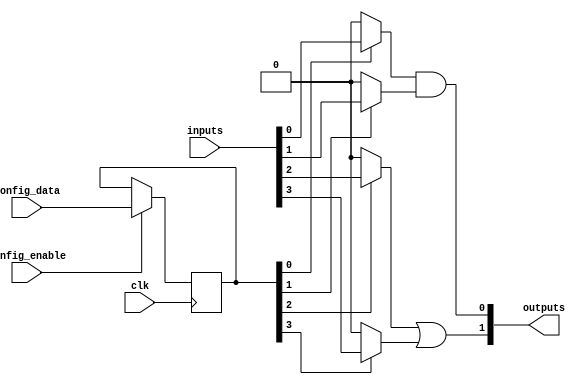
module combinational_logic_block (
    input wire clk,                  // Clock signal
    input wire [N-1:0] inputs,       // Input signals
    input wire [M-1:0] config_data,  // Configuration data for SRAM
    input wire config_enable,         // Enable signal for configuration
    output wire [P-1:0] outputs       // Output signals
);

parameter N = 4; // Number of inputs
parameter M = 8; // Number of configuration bits
parameter P = 2; // Number of outputs

// SRAM cell array to store configuration bits
reg [M-1:0] sram [0:15]; // Example: 16 configurations
reg [M-1:0] current_config;

// Input multiplexers
wire [N-1:0] selected_inputs;
genvar i;
generate
    for (i = 0; i < N; i = i + 1) begin : input_mux
        assign selected_inputs[i] = (current_config[i]) ? inputs[i] : 1'b0; // Simple mux logic
    end
endgenerate

// Logic function units
wire [P-1:0] logic_outputs;
assign logic_outputs[0] = selected_inputs[0] & selected_inputs[1]; // AND gate
assign logic_outputs[1] = selected_inputs[2] | selected_inputs[3]; // OR gate

// Output multiplexers
reg [P-1:0] final_outputs;
always @(*) begin
    final_outputs = logic_outputs; // Directly assign for simplicity
end

// Control logic for SRAM configuration
always @(posedge clk) begin
    if (config_enable) begin
        current_config <= config_data; // Load new configuration
    end
end

// Output assignment
assign outputs = final_outputs;

endmodule